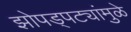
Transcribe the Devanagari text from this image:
झोपड्पट्यांमुळे